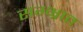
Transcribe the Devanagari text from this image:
सम्भ्रात